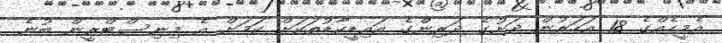
އެމީހެއްގެ 18 އަހަރުން ދަށުގެ ދަރިންގެ އައިޑީކާޑުތަކަށް ކަމަށް އެ މިނިސްޓްރީން ބުނެ